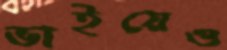
ভাইয়েও